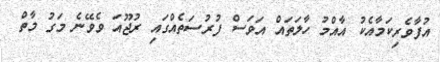
އުފާވެރިކަމާއެކު އާއްމު ހާލަތައް އަވަސް ފުރުސަތެއްގައި ރުޖޫއަ ވެވޭނެ މަގު މާތް